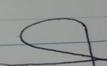
Signature authenticity: forged